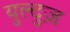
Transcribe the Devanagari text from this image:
युल्दुज़